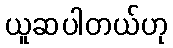
ယူဆပါတယ်ဟု